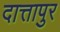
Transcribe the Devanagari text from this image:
दात्तापुर